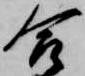
合